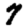
Digit: 7